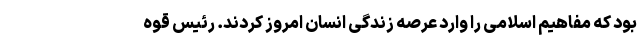
بود که مفاهیم اسلامی را وارد عرصه زندگی انسان امروز کردند. رئیس قوه